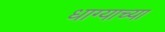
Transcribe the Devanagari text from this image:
धाग्याच्या